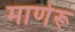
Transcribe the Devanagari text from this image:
माणेरू